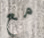
مع